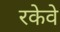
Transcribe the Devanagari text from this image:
रकेवे